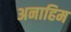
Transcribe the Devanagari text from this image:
अनाहिम